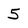
Character: 5